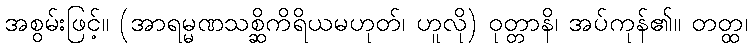
အစွမ်းဖြင့်။ (အာရမ္မဏသစ္ဆိကိရိယမဟုတ်၊ ဟူလို) ဝုတ္တာနိ၊ အပ်ကုန်၏။ တတ္ထ၊